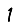
Digit: 1